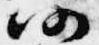
仍